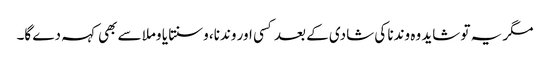
مگر یہ تو شاید وہ وندنا کی شادی کے بعد کسی اور وندنا، وسنتا یا وملا سے بھی کہہ دے گا۔